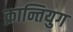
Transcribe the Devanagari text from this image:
क्रान्तियुग